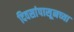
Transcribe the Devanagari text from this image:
दिवसांपासूनच्या